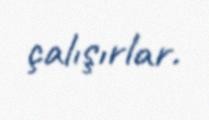
çalışırlar.